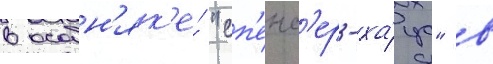
в особн'як'е́ "сп'енс'ер-ха́ус" в